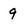
Character: 9